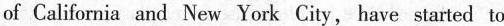
of California and New York City, have started to